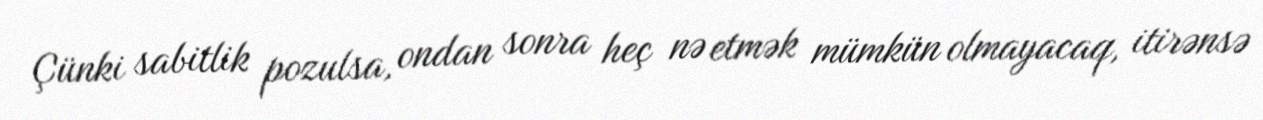
Çünki sabitlik pozulsa, ondan sonra heç nə etmək mümkün olmayacaq, itirənsə